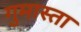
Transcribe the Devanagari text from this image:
गुमास्ता